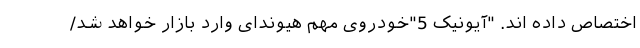
اختصاص داده اند. "آیونیک 5"خودروی مهم هیوندای وارد بازار خواهد شد/